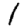
Digit: 1